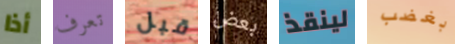
أذا تعرف قبل بعض لينقذ بغضب